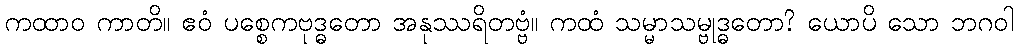
ကထာဝ ကာတိ။ ဧဝံ ပစ္စေကဗုဒ္ဓတော အနုဿရိတဗ္ဗံ။ ကထံ သမ္မာသမ္ဗုဒ္ဓတော? ယောပိ သော ဘဂဝါ